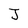
Character: J